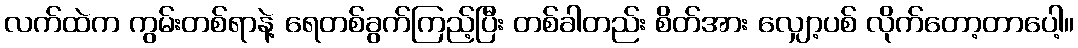
လက်ထဲက ကွမ်းတစ်ရာနဲ့ ရေတစ်ခွက်ကြည့်ပြီး တစ်ခါတည်း စိတ်အား လျှော့ပစ် လိုက်တော့တာပေါ့။